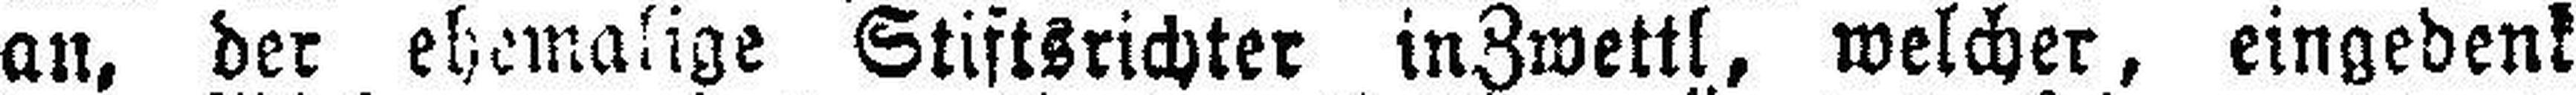
an, der ehemalige Stiftsrichter in Zwettl, welcher, eingedenk